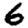
Digit: 6